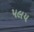
પલય